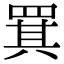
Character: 𦋊